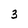
Character: 3